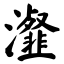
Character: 瀣